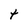
Character: t